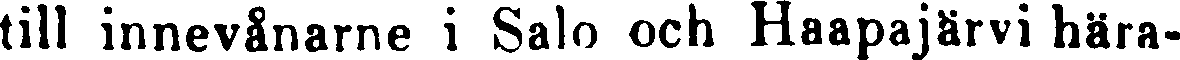
till innevånarne i Salo och Haapajärvi hära-